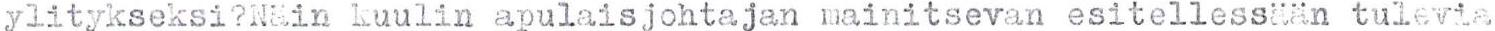
ylitykseksi?Näin kuulin apulaisjohtajan mainitsevan esitellessään tulevia